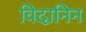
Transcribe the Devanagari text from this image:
विदानिन